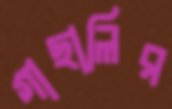
গাছালির